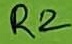
Text: R2